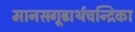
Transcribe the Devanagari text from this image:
मानसगूढार्थचन्द्रिका